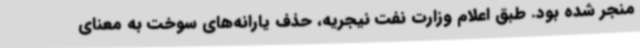
منجر شده بود. طبق اعلام وزارت نفت نیجریه، حذف یارانه‌های سوخت به معنای